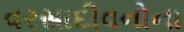
વરસાદીવનોના